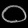
Digit: ၀